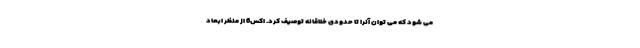
می شود که می توان آنرا تا حدودی خلاقانه توصیف کرد. اکس6 از منظر ابعاد